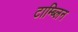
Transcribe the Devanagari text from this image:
टाम्ब्लिन